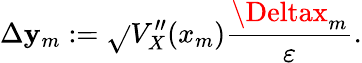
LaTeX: \Delta\mathbf{y}_{m}:=\sqrt{}{{V_{X}^{\prime\prime}(x_{m})}}\frac{{\Deltax_{m}}}{{\varepsilon}}.